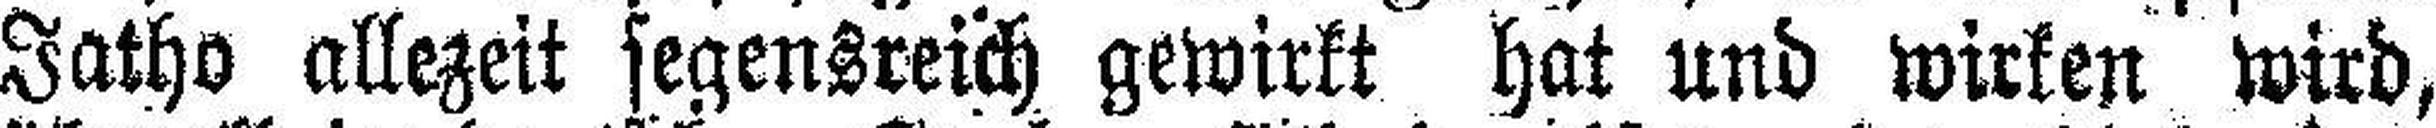
Jatho allezeit segensreich gewirkt hat und wirken wird,